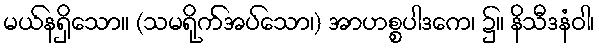
မယ်နရှိသော။ (သမရိုက်အပ်သော၊) အာဟစ္စပါဒကေ၊ ၌။ နိသီဒနံဝါ၊